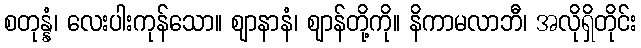
စတုန္နံ၊ လေးပါးကုန်သော။ ဈာနာနံ၊ ဈာန်တို့ကို။ နိကာမလာဘီ၊ အလိုရှိတိုင်း